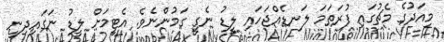
މިއަދުގެ މެޗުގައި ފުރަތަމަ ލަނޑެއްޖަަހައި ލީޑު ނެގީ ގަމުންނެވެ. އެޓީމަށް ލީޑު ނަގައިދިނީ